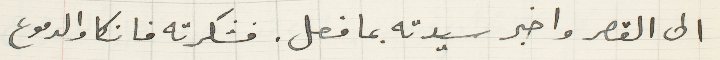
الى القصر واخبر سيدته بما فعل. فشكرته فانكا والدموع